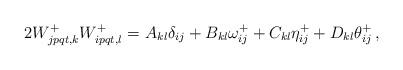
LaTeX: \begin{align*}2 W^{+}_{jpqt,k}W^{+}_{ipqt,l} =&\,\, A_{kl}\delta_{ij}+B_{kl}\omega^{+}_{ij}+C_{kl}\eta^{+}_{ij}+D_{kl}\theta^{+}_{ij}\,,\end{align*}